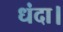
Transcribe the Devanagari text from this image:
धंदा।